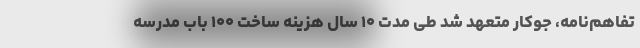
تفاهم‌نامه، جوکار متعهد شد طی مدت ۱۰ سال هزینه ساخت ۱۰۰ باب مدرسه